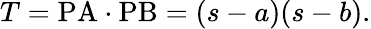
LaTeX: T={\mathrm{PA}}\cdot{\mathrm{PB}}=(s-a)(s-b).